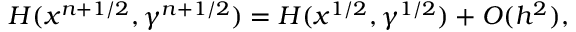
H ( x ^ { n + 1 / 2 } , \gamma ^ { n + 1 / 2 } ) = H ( x ^ { 1 / 2 } , \gamma ^ { 1 / 2 } ) + { \cal { O } } ( h ^ { 2 } ) ,